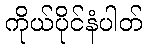
ကိုယ်ပိုင်နံပါတ်